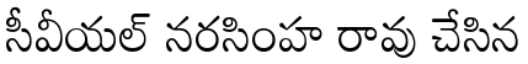
సీవీయల్ నరసింహ రావు చేసిన